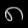
Digit: ၈